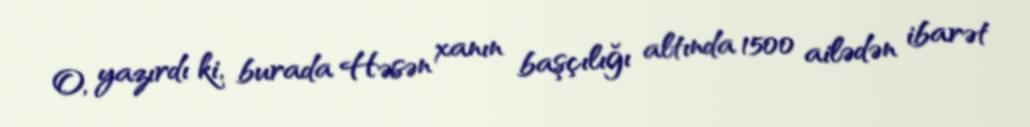
O, yazırdı ki, burada Həsən xanın başçılığı altında 1500 ailədən ibarət